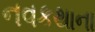
નવકથાના